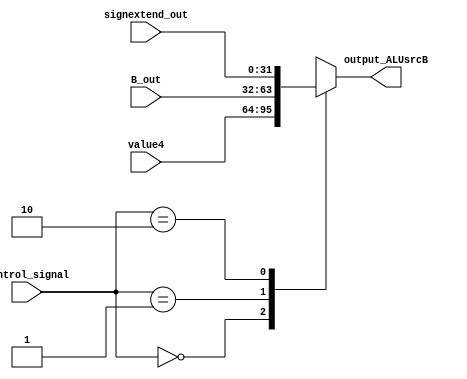
module mux_ALUsrcB(signextend_out, B_out, value4, control_signal, output_ALUsrcB);
input[31:0] B_out, value4, signextend_out;
input[1:0] control_signal;
output[31:0] output_ALUsrcB;

wire[31:0] mux[2:0]; // Creates a 2d Array of wires
assign mux[1] = B_out; // Connects the sources of the array 
assign mux[2] = signextend_out; //look at the control spec to see how they are connected
assign mux[0] = value4;

assign output_ALUsrcB = mux[control_signal]; // Connects the output of the array
endmodule 

module test_ALUsrcB;
wire[31:0] output_ALUsrcB;
reg[31:0] signextend_out, B_out, value4;
reg[1:0] Control_Signal;

mux_ALUsrcB alusrcb(signextend_out, B_out, value4, Control_Signal, output_ALUsrcB);

initial begin
$display("B_out  signextend_out, value4  control_signal| output");
signextend_out={32'b1};
B_out={32'b0};
value4={1'b1,31'b0};
Control_Signal={2'b0};
#1000 
$display("%b  %b  %b  %b| %b", B_out, signextend_out, value4, Control_Signal, output_ALUsrcB);  
end
endmodule

module mux_DST(Rd_IR, Rt_IR, value31, control_signal, output_DST);
input[4:0] Rd_IR, Rt_IR, value31;
input[1:0] control_signal;
output[4:0] output_DST;

wire[4:0] mux[2:0]; // Creates a 2d Array of wires
assign mux[0] = Rd_IR; // Connects the sources of the array
assign mux[1] = Rt_IR; //follows the control spec values
assign mux[2] = value31;

assign output_DST= mux[control_signal]; // Connects the output of the array

endmodule 
module test_DST;
wire[4:0] output_DST;
reg[4:0] Rd_IR, Rt_IR, value31;
reg[1:0] control_signal;

mux_DST DST(Rd_IR, Rt_IR, value31, control_signal, output_DST);

initial begin
$display("Rd  Rt  value31  control_signal| output");
Rd_IR={5'b1};
Rt_IR={5'b0};
value31={1'b1,4'b0};
control_signal={2'b10};
#1000 
$display("%b  %b  %b  %b| %b", Rd_IR, Rt_IR, value31, control_signal, output_DST);  
end
endmodule